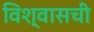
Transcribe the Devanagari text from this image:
विश्वासची